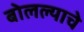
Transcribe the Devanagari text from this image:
बोलल्याचे